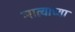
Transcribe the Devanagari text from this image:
नात्याच्या